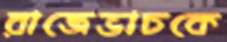
রাজেভাচকে